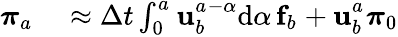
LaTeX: \begin{array}{rl}{\boldsymbol{\pi}_{a_{}}}&{{}\approx\Delta t{}\int_{0}^{a_{}}\mathbf{u}_{b_{}}^{a_{}-\alpha{}}\mathrm{d}\alpha\, \mathbf{f}_{b_{}}+\mathbf{u}_{b_{}}^{a_{}}\boldsymbol{\pi}_{0}}\end{array}